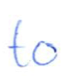
Text: to
Cross-out: clean
Writing tool: ballpoint